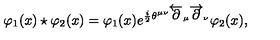
\varphi _ { 1 } ( x ) \star \varphi _ { 2 } ( x ) = \varphi _ { 1 } ( x ) e ^ { \frac { i } { 2 } \theta ^ { \mu \nu } \overleftarrow { \partial } _ { \mu } \overrightarrow { \partial } _ { \nu } } \varphi _ { 2 } ( x ) ,